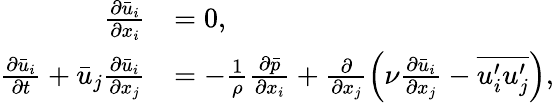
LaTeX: \begin{array}{rl}{\frac{\partial\bar{u}_{i}}{\partial x_{i}}}&{=0,}\\ {\frac{\partial\bar{u}_{i}}{\partial t}+\bar{u}_{j}\frac{\partial\bar{u}_{i}}{\partial x_{j}}}&{=-\frac{1}{\rho}\frac{\partial\bar{p}}{\partial x_{i}}+\frac{\partial}{\partial x_{j}}\left(\nu\frac{\partial\bar{u}_{i}}{\partial x_{j}}-\overline{{u_{i}^{\prime}u_{j}^{\prime}}}\right),}\end{array}